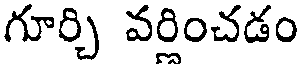
గూర్చి వరించడం